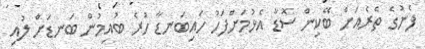
ފެނުގެ ތެރެއަށް ބޭކިން ސޮޑާ އެޅުމަށްފަހު ހައިބަނޑާ ހުރެ ބުއިމުން ބަނޑަށް ލުއި